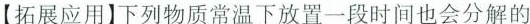
【拓展应用】下列物质常温下放置一段时间也会分解的